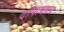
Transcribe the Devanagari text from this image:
दांपत्यभाव